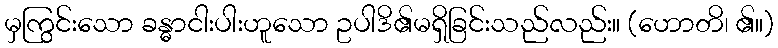
မှကြွင်းသော ခန္ဓာငါးပါးဟူသော ဥပါဒိ၏မရှိခြင်းသည်လည်း။ (ဟောတိ၊ ၏။)